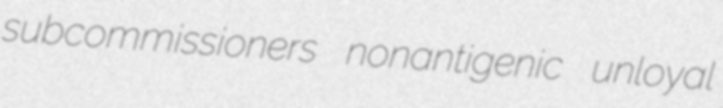
subcommissioners nonantigenic unloyal